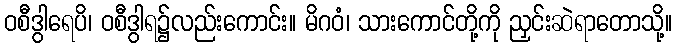
ဝစီဒွါရေပိ၊ ဝစီဒွါရ၌လည်းကောင်း။ မိဂဝံ၊ သားကောင်တို့ကို ညှင်းဆဲရာတောသို့။